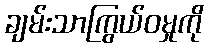
ချမ်းသာကြွယ်ဝမှုကို